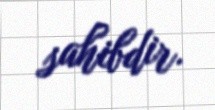
sahibdir.